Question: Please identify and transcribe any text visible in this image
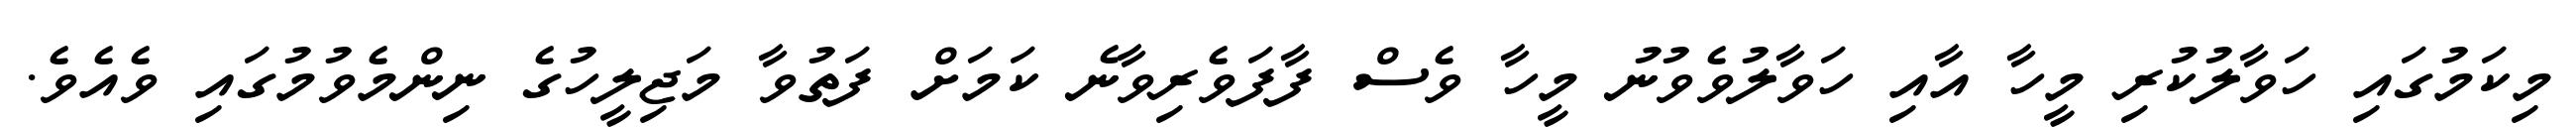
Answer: މިކަމުގައި ހަވާލުކުރި މީހާ އާއި ހަވާލުވެވުނު މީހާ ވެސް ފާފަވެރިވާނެ ކަމަށް ފަތުވާ މަޖިލީހުގެ ނިންމެވުމުގައި ވެއެވެ.